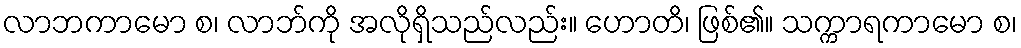
လာဘကာမော စ၊ လာဘ်ကို အလိုရှိသည်လည်း။ ဟောတိ၊ ဖြစ်၏။ သက္ကာရကာမော စ၊